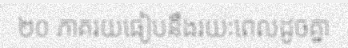
២០ ភាគរយធៀបនឹងរយៈពេលដូចគ្នា